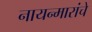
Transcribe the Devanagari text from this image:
नायन्मारांचे